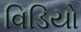
વિડિયો